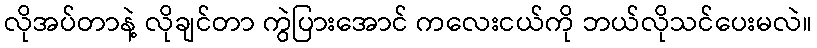
လိုအပ်တာနဲ့ လိုချင်တာ ကွဲပြားအောင် ကလေးငယ်ကို ဘယ်လိုသင်ပေးမလဲ။